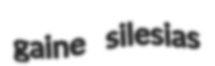
gaine silesias